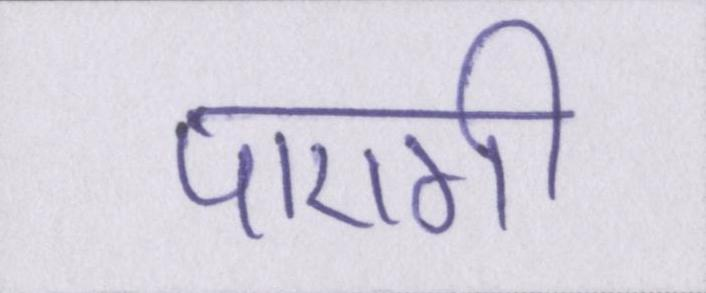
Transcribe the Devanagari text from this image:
पाएगी